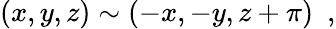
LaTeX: (x,y,z)\sim(-x,-y,z+\pi)\ \ ,